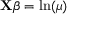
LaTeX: \mathbf { X } { \boldsymbol { \beta } } = \ln ( \mu ) \,